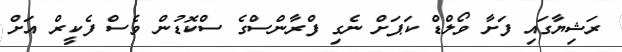
ރަޝިޔާގައި ފަށާ ވޯލްޑް ކަޕަށް ނެގި ފްރާންސްގެ ސްކޮޑުން ވެސް ފެކީރް އަށް